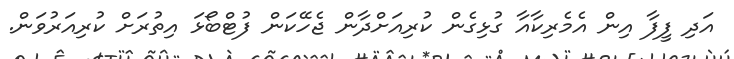
އަދި ފީފާ އިން އެމެރިކާއާ ގުޅިގެން ކުރިއަށްދާން ޖެހޭކަން ފުޓްބޯޅަ އިތުރަށް ކުރިއަރުވަން.